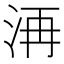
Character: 洅